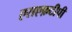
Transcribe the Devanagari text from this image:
एसएफ़टीपी